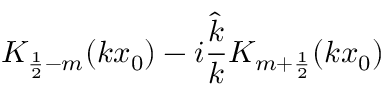
K _ { \frac 1 2 - m } ( k x _ { 0 } ) - i \frac { \hat { k } } { k } K _ { m + \frac 1 2 } ( k x _ { 0 } )